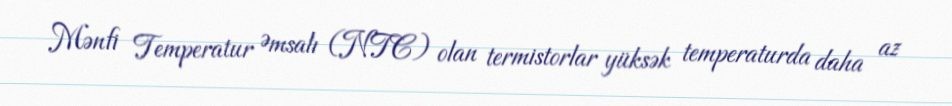
Mənfi Temperatur Əmsalı (NTC) olan termistorlar yüksək temperaturda daha az